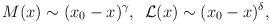
LaTeX: \begin{align*}M(x) \sim ( x_0 -x) ^{\gamma},\,\,\,{\cal L}(x) \sim ( x_0 - x )^{\delta},\end{align*}